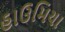
હાઉમિયા